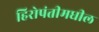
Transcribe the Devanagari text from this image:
हिरोपंतीमधील